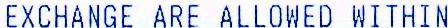
EXCHANGE ARE ALLOWED WITHIN